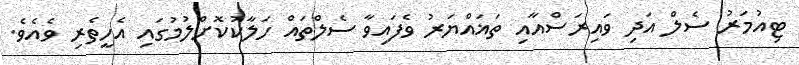
ޓިއުމަރު ސެލް އަދި ވައިރަސްއާއި ތަޣައްޔަރު ވެފައިވާ ސެލްތައް ހަލާކުކޮށްލުމުގައި އެހީތެރި ވެއެވެ.